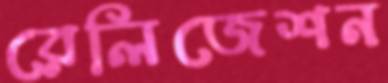
রেলিজেশন